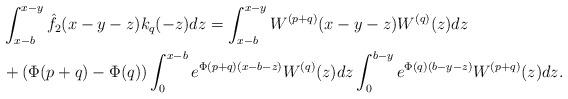
LaTeX: \begin{align*}&\int_{x-b}^{x-y}\hat{f}_2(x-y-z)k_q(-z)dz=\int_{x-b}^{x-y}W^{(p+q)}(x-y-z)W^{(q)}(z)dz\\&+(\Phi(p+q)-\Phi(q))\int_{0}^{x-b}e^{\Phi(p+q)(x-b-z)}W^{(q)}(z)dz\int_{0}^{b-y}e^{\Phi(q)(b-y-z)}W^{(p+q)}(z)dz.\end{align*}